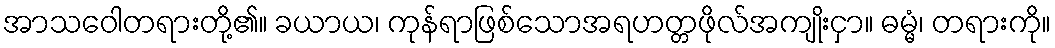
အာသဝေါတရားတို့၏။ ခယာယ၊ ကုန်ရာဖြစ်သောအရဟတ္တဖိုလ်အကျိုးငှာ။ ဓမ္မံ၊ တရားကို။